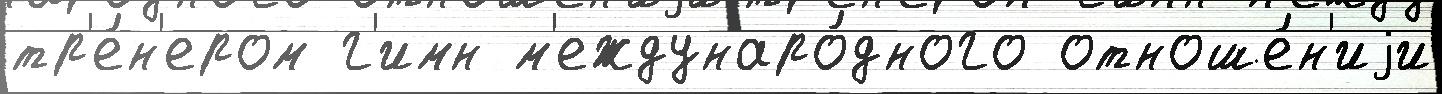
тр'е́н'ером г'имн м'еждунаро́дного отноше́н'иjи